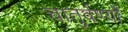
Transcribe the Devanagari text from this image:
चातुर्वर्ण्यों